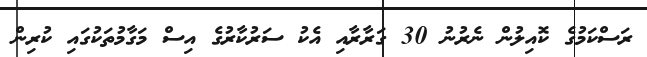
ރަސްކަމުގެ ކޮއިލުން ނެރުނު 30 ގަރާރާއި އެކު ސަރުކާރުގެ އިސް މަގާމުތަކުގައި ކުރިން